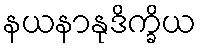
နယနာနုဒိက္ခိယ